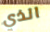
الذي